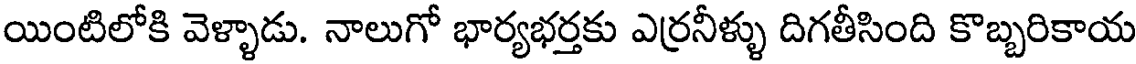
యింటిలోకి వెళ్ళాడు. నాలుగో భార్యభర్తకు ఎర్రనీళ్ళు దిగతీసింది కొబ్బరికాయ